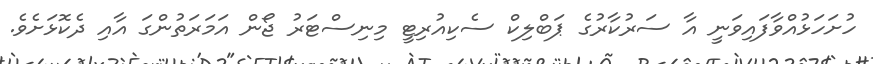
ހުށަހަޅުއްވާފައިވަނީ އާ ސަރުކާރުގެ ޕަބްލިކް ސެކިއުރިޓީ މިނިސްޓަރު ޖޯން އަމަރަތުންގަ އާއި ދެކޮޅަށެވެ.